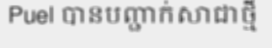
Puel បានបញ្ជាក់សាជាថ្មី